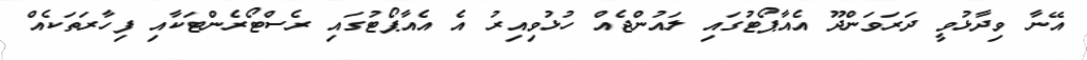
އޭނާ ވިދާޅުވީ ދަރަވަންދޫ އެއާޕޯޓުގައި ލައުންޖެއް ހުޅުވިއިރު އެ އެއާޕޯޓުގައި ރެސްޓޯރެންޓަކާއި ފިހާރަތަކެއް